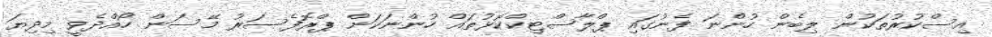
އިސްކުރުތަކުން ލިބެން ހުންނަ ފެނުގައި ޕްލާސްޓިކްކޮޅުތައް ހުންނަކަން ޕްރޮފެސަރު މޭސަން ހޯއްދެވީ މިދިޔަ